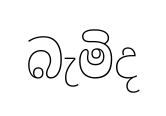
බැමිද